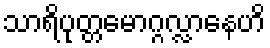
သာရိပုတ္တမောဂ္ဂလ္လာနေဟိ